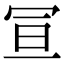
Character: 𭁴